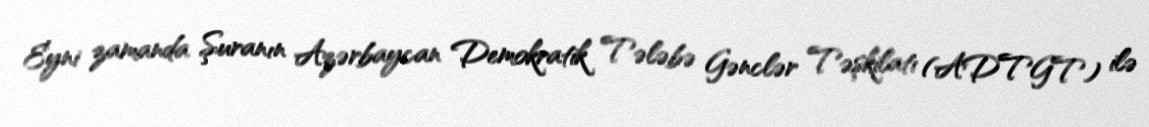
Eyni zamanda Şuranın Azərbaycan Demokratik Tələbə Gənclər Təşkilatı (ADTGT) ilə